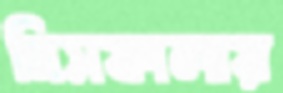
মিসফালায়